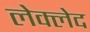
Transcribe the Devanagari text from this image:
लेक्लेद